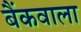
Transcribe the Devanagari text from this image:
बैंकवाला